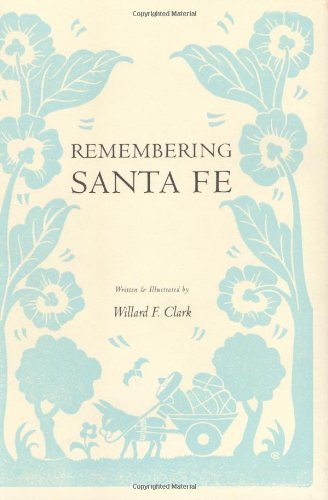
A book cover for Remembering Santa Fe; Willard F Clark; Travel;